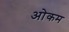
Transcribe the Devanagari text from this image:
ओकम